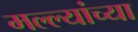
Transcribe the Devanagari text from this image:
मल्ल्यांच्या